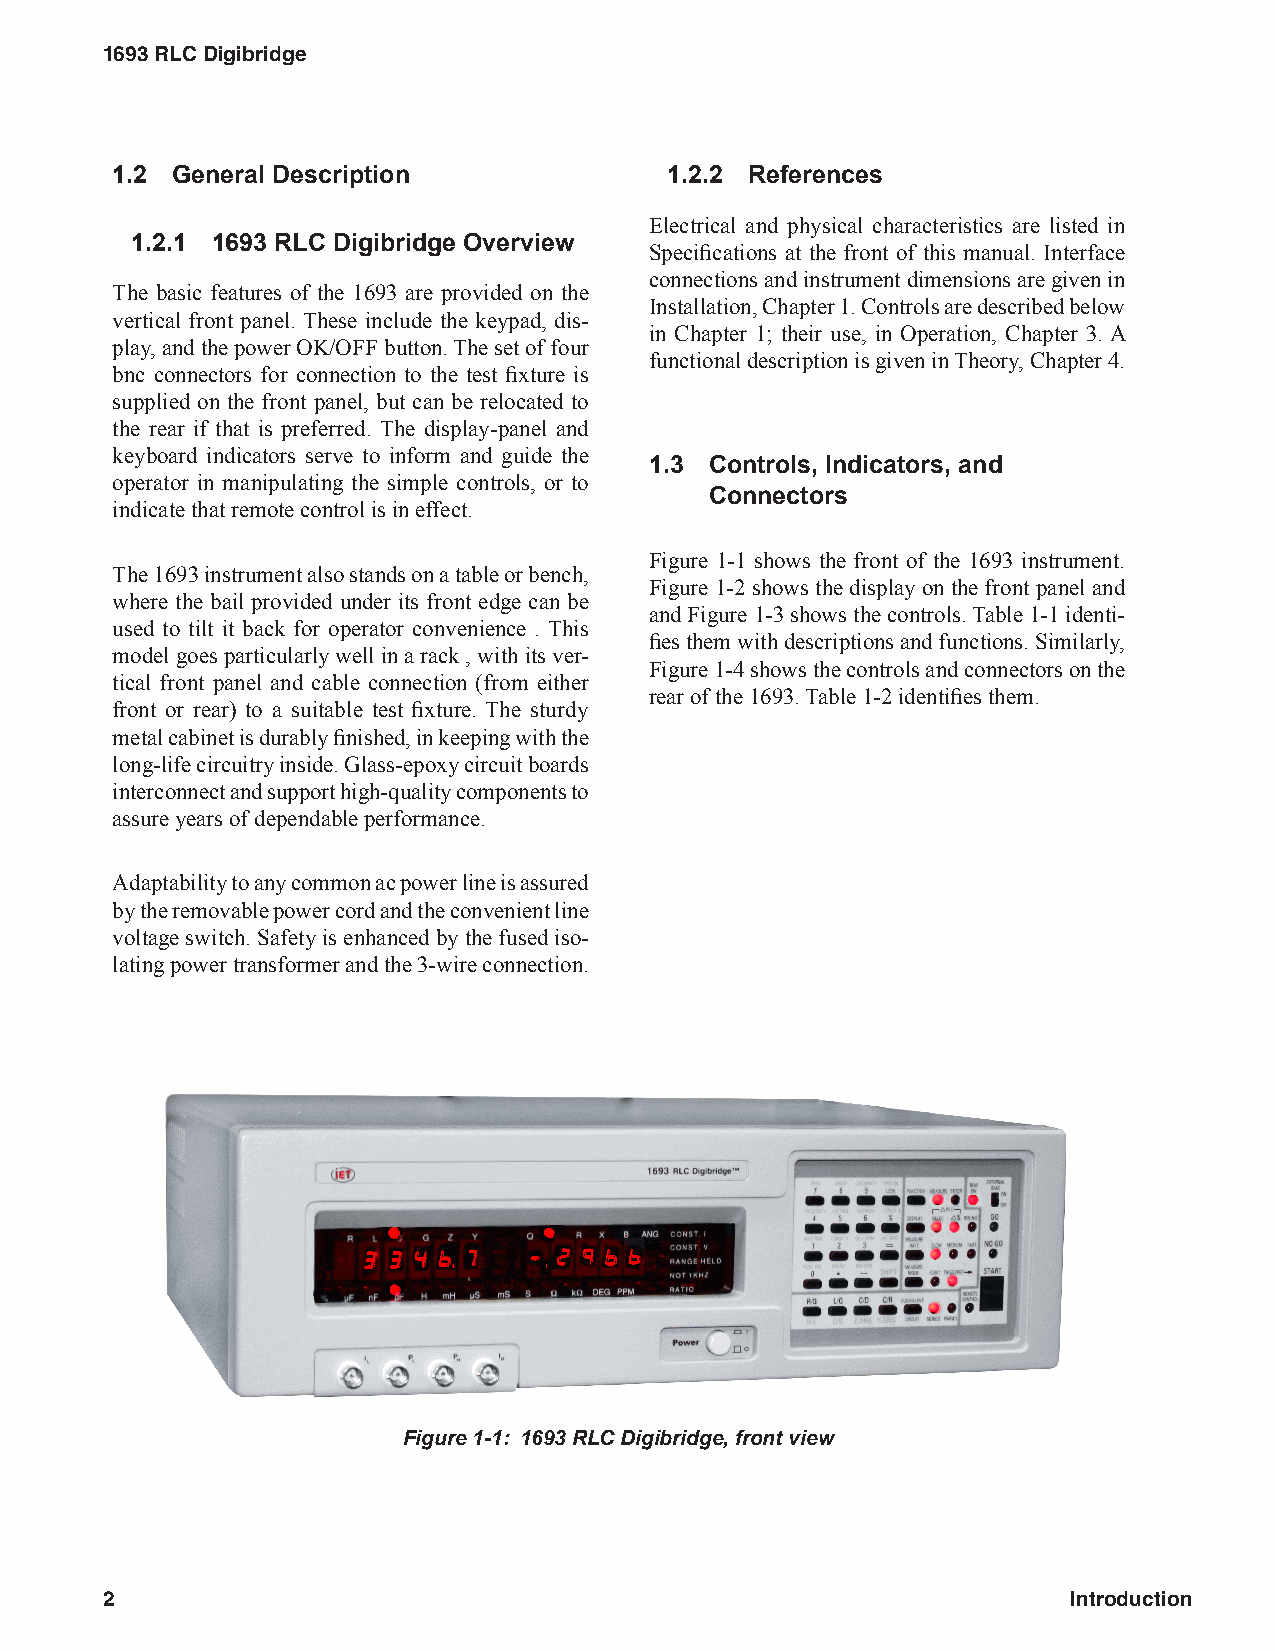
1693 RLC Digibridge
 1.2 General Description              1.2.2 References
 Electrical and physical characteristics are listed in
 1.2.1 1693 RLC Digibridge Overview
 Specifications at the front of this manual. Interface
 connections and instrument dimensions are given in
 The basic features of the 1693 are provided on the
 Installation, Chapter 1. Controls are described below
 vertical front panel. These include the keypad, dis-
 in Chapter 1; their use, in Operation, Chapter 3. A
 play, and the power OK/OFF button. The set of four
 functional description is given in Theory, Chapter 4.
 bnc connectors for connection to the test fixture is
 supplied on the front panel, but can be relocated to
 the rear if that is preferred. The display-panel and
 keyboard indicators serve to inform and guide the
 1.3 Controls, Indicators, and
 operator in manipulating the simple controls, or to
 Connectors
 indicate that remote control is in effect.
 Figure 1-1 shows the front of the 1693 instrument.
 The 1693 instrument also stands on a table or bench,
 Figure 1-2 shows the display on the front panel and
 where the bail provided under its front edge can be
 and Figure 1-3 shows the controls. Table 1-1 identi-
 used to tilt it back for operator convenience . This
 fies them with descriptions and functions. Similarly,
 model goes particularly well in a rack , with its ver-
 Figure 1-4 shows the controls and connectors on the
 tical front panel and cable connection (from either
 rear of the 1693. Table 1-2 identifies them.
 front or rear) to a suitable test fixture. The sturdy
 metal cabinet is durably finished, in keeping with the
 long-life circuitry inside. Glass-epoxy circuit boards
 interconnect and support high-quality components to
 assure years of dependable performance.
 Adaptability to any common ac power line is assured
 by the removable power cord and the convenient line
 voltage switch. Safety is enhanced by the fused iso-
 lating power transformer and the 3-wire connection.
 Figure 1-1: 1693 RLC Digibridge, front view
 2                                                               Introduction